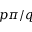
p \pi / q